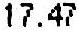
17.47